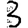
Digit: 3